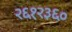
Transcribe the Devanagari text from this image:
२६१२३६०